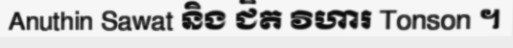
Anuthin Sawat និង ជិត វិហារ Tonson ។